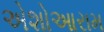
એશોઆરામ